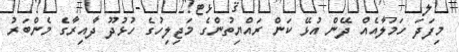
މިފަދަ ހަމަލާއެއް ދޭން އުޅޭ ކަން ރައްޔިތުންގެ މަޖިލިހުގެ ހުޅުދޫ ދާއިރާގެ މެންބަރު